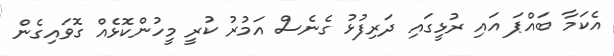
އެކަމާ ބައްޕަ އައި ރުޅީގައި ދަރިފުޅު ގެނެސް އަމުރު ކުރީ މީހުންކޮޅެއް ގޮވައިގެން